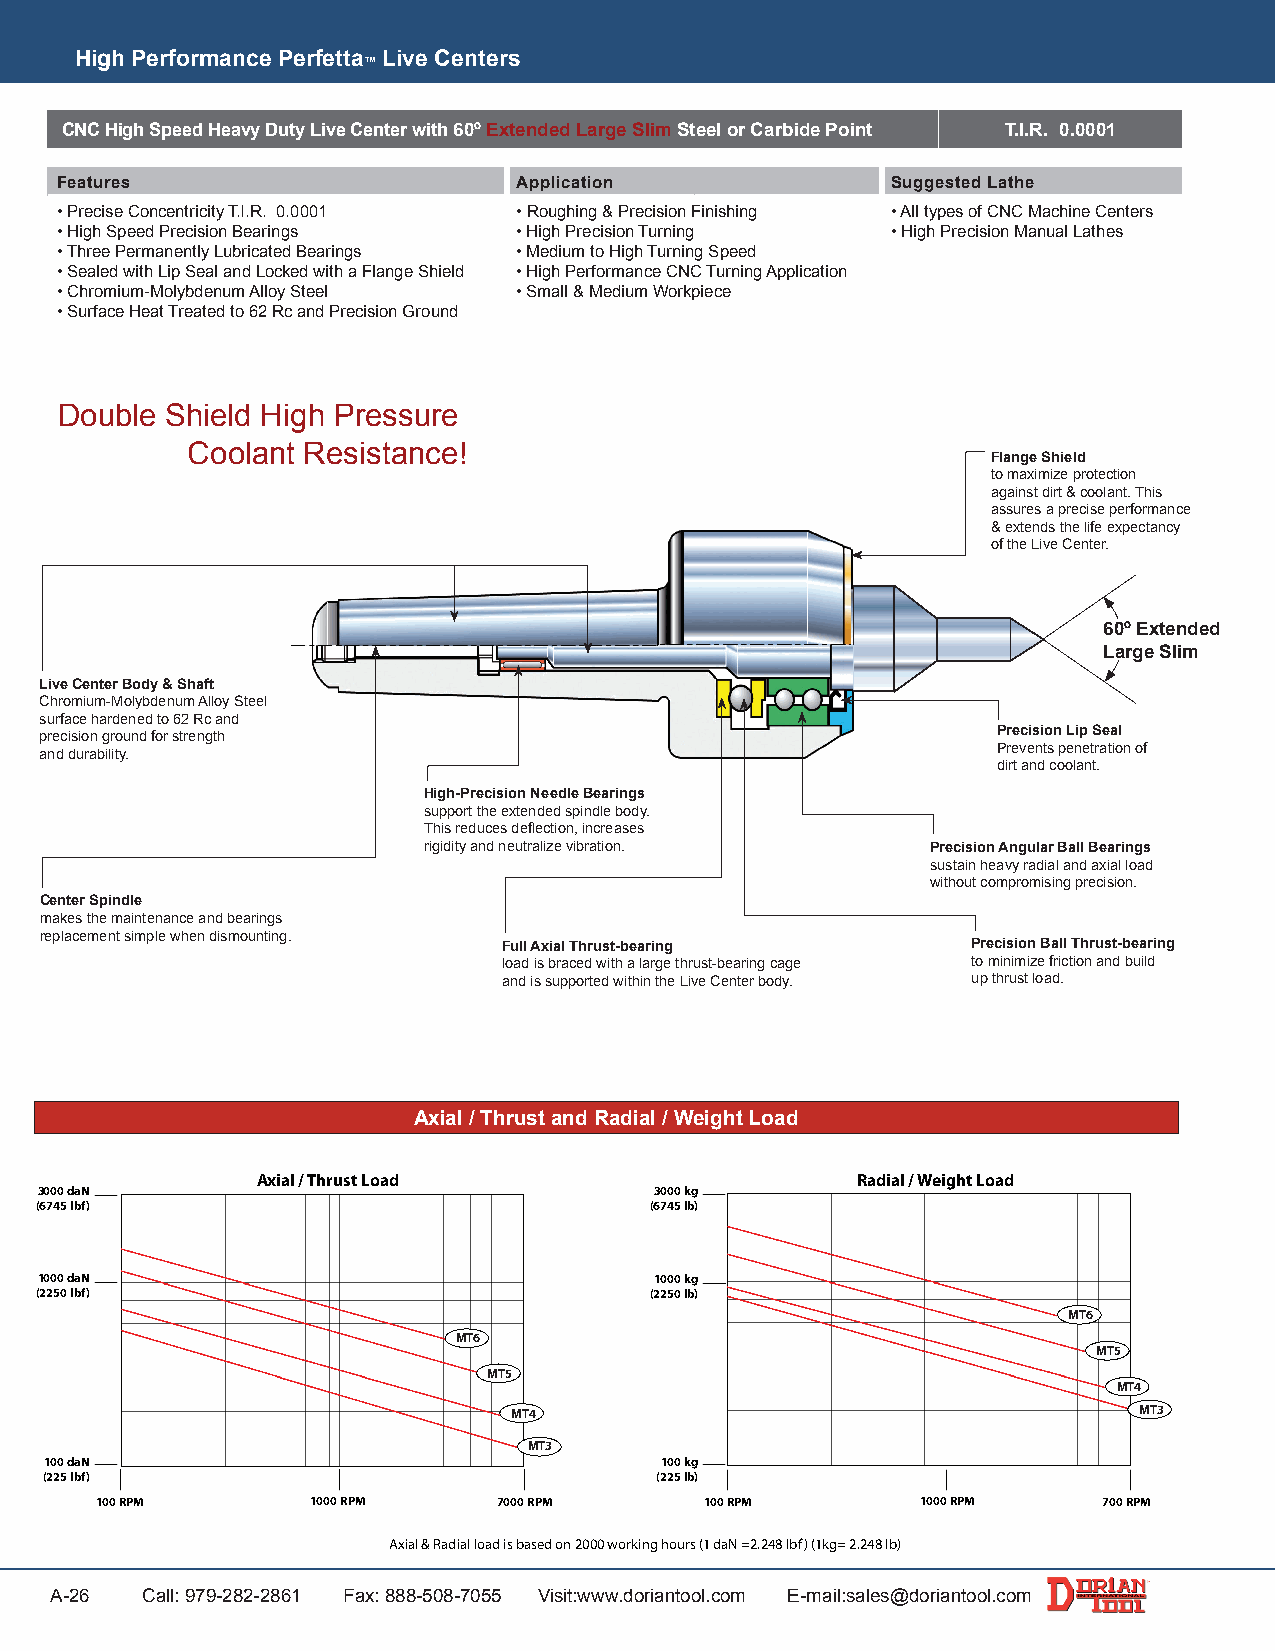
High Performance Perfetta Live Centers
 ™
 CNC High Speed Heavy Duty Live Center with 60º Extended Large Slim Steel or Carbide Point T.I.R. 0.0001
 Features                      Application              Suggested Lathe
 • Precise Concentricity T.I.R. 0.0001 • Roughing & Precision Finishing • All types of CNC Machine Centers
 • High Speed Precision Bearings • High Precision Turning • High Precision Manual Lathes
 • Three Permanently Lubricated Bearings • Medium to High Turning Speed
 • Sealed with Lip Seal and Locked with a Flange Shield • High Performance CNC Turning Application
 • Chromium-Molybdenum Alloy Steel • Small & Medium Workpiece
 • Surface Heat Treated to 62 Rc and Precision Ground
 Double Shield High Pressure
 Coolant Resistance!
 Flange Shield
 to maximize protection
 against dirt & coolant. This
 assures a precise performance
 & extends the life expectancy
 of the Live Center.
 60º Extended
 Large Slim
 Live Center Body & Shaft
 Chromium-Molybdenum Alloy Steel
 surface hardened to 62 Rc and
 precision ground for strength                                  Precision Lip Seal
 and durability.                                                Prevents penetration of
 dirt and coolant.
 High-Precision Needle Bearings
 support the extended spindle body.
 This reduces deflection, increases
 rigidity and neutralize vibration. Precision Angular Ball Bearings
 sustain heavy radial and axial load
 without compromising precision.
 Center Spindle
 makes the maintenance and bearings
 replacement simple when dismounting.
 Full Axial Thrust-bearing      Precision Ball Thrust-bearing
 load is braced with a large thrust-bearing cage to minimize friction and build
 and is supported within the Live Center body. up thrust load.
 Axial / Thrust and Radial / Weight Load
 Axial / Thrust Load                     Radial / Weight Load
 3000 daN                                 3000 kg
 (6745 lbf)                               (6745 lb)
 1000 daN                                 1000 kg
 (2250 lbf)                               (2250 lb)
 MT6
 MT6
 MT5
 MT5
 MT4
 MT4                                      MT3
 MT3
 100 daN                                  100 kg
 (225 lbf)                               (225 lb)
 100 RPM        1000 RPM    7000 RPM      100 RPM       1000 RPM    700 RPM
 Axial & Radial load is based on 2000 working hours (1 daN =2.248 lbf) (1kg= 2.248 lb)
 A-26  Call: 979-282-2861 Fax: 888-508-7055 Visit:www.doriantool.com E-mail:sales@doriantool.com